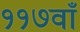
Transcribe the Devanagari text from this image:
११७वाँ